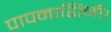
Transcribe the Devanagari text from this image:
पापनाशिनी।